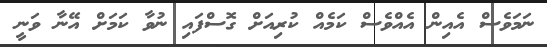
ނަމަވެސް އެއިން އެއްވެސް ކަމެއް ކުރިއަށް ގޮސްފައި ނުވާ ކަމަށް އޭނާ ވަނީ